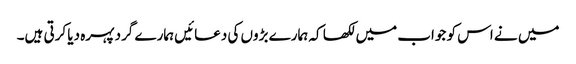
میں نے اس کو جواب میں لکھا کہ ہمارے بڑوں کی دعائیں ہمارے گرد پہرہ دیا کرتی ہیں۔